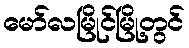
မော်လမြိုင်မြို့တွင်